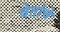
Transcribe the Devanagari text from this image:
वेतांचे